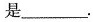
是___.